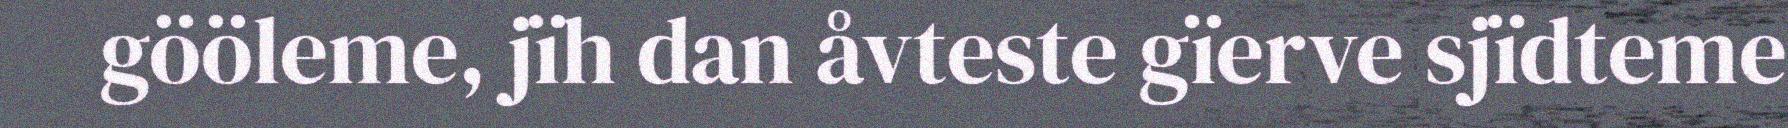
gööleme, jïh dan åvteste gïerve sjïdteme